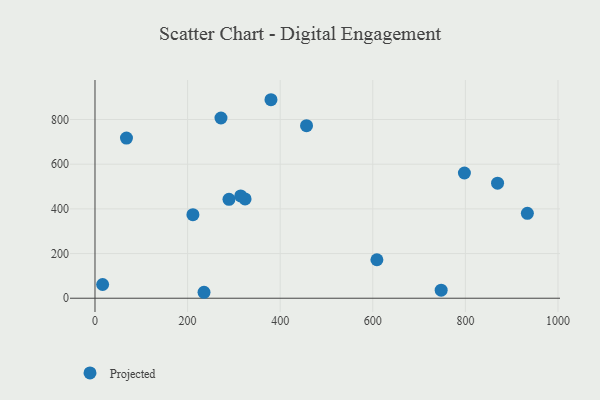
{"axis": {"x": "Engine Size", "y": "Rating"}, "legend": ["Projected"], "data": [{"x": "289.4", "y": 442.9, "type": "Projected"}, {"x": "380.1", "y": 888.6, "type": "Projected"}, {"x": "235.5", "y": 26.6, "type": "Projected"}, {"x": "324.2", "y": 444.7, "type": "Projected"}, {"x": "797.9", "y": 560.5, "type": "Projected"}, {"x": "933.9", "y": 380.0, "type": "Projected"}, {"x": "272.1", "y": 806.7, "type": "Projected"}, {"x": "869.5", "y": 514.8, "type": "Projected"}, {"x": "16.5", "y": 61.3, "type": "Projected"}, {"x": "68.0", "y": 716.7, "type": "Projected"}, {"x": "314.7", "y": 457.9, "type": "Projected"}, {"x": "747.7", "y": 35.8, "type": "Projected"}, {"x": "608.9", "y": 172.3, "type": "Projected"}, {"x": "456.9", "y": 772.4, "type": "Projected"}, {"x": "211.5", "y": 373.9, "type": "Projected"}]}